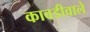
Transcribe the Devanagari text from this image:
कावडीवाले